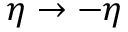
\eta \rightarrow - \eta